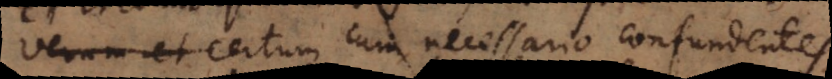
verum et certum cum necessario confundentes.